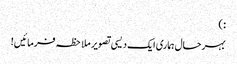
: )
بہرحال ہماری ایک دیسی تصویر ملاحظہ فرمائیں!